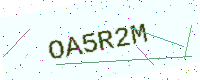
Text: OA5R2M